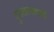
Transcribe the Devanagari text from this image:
पुरातत्वचार्य